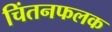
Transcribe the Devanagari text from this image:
चिंतनफलक